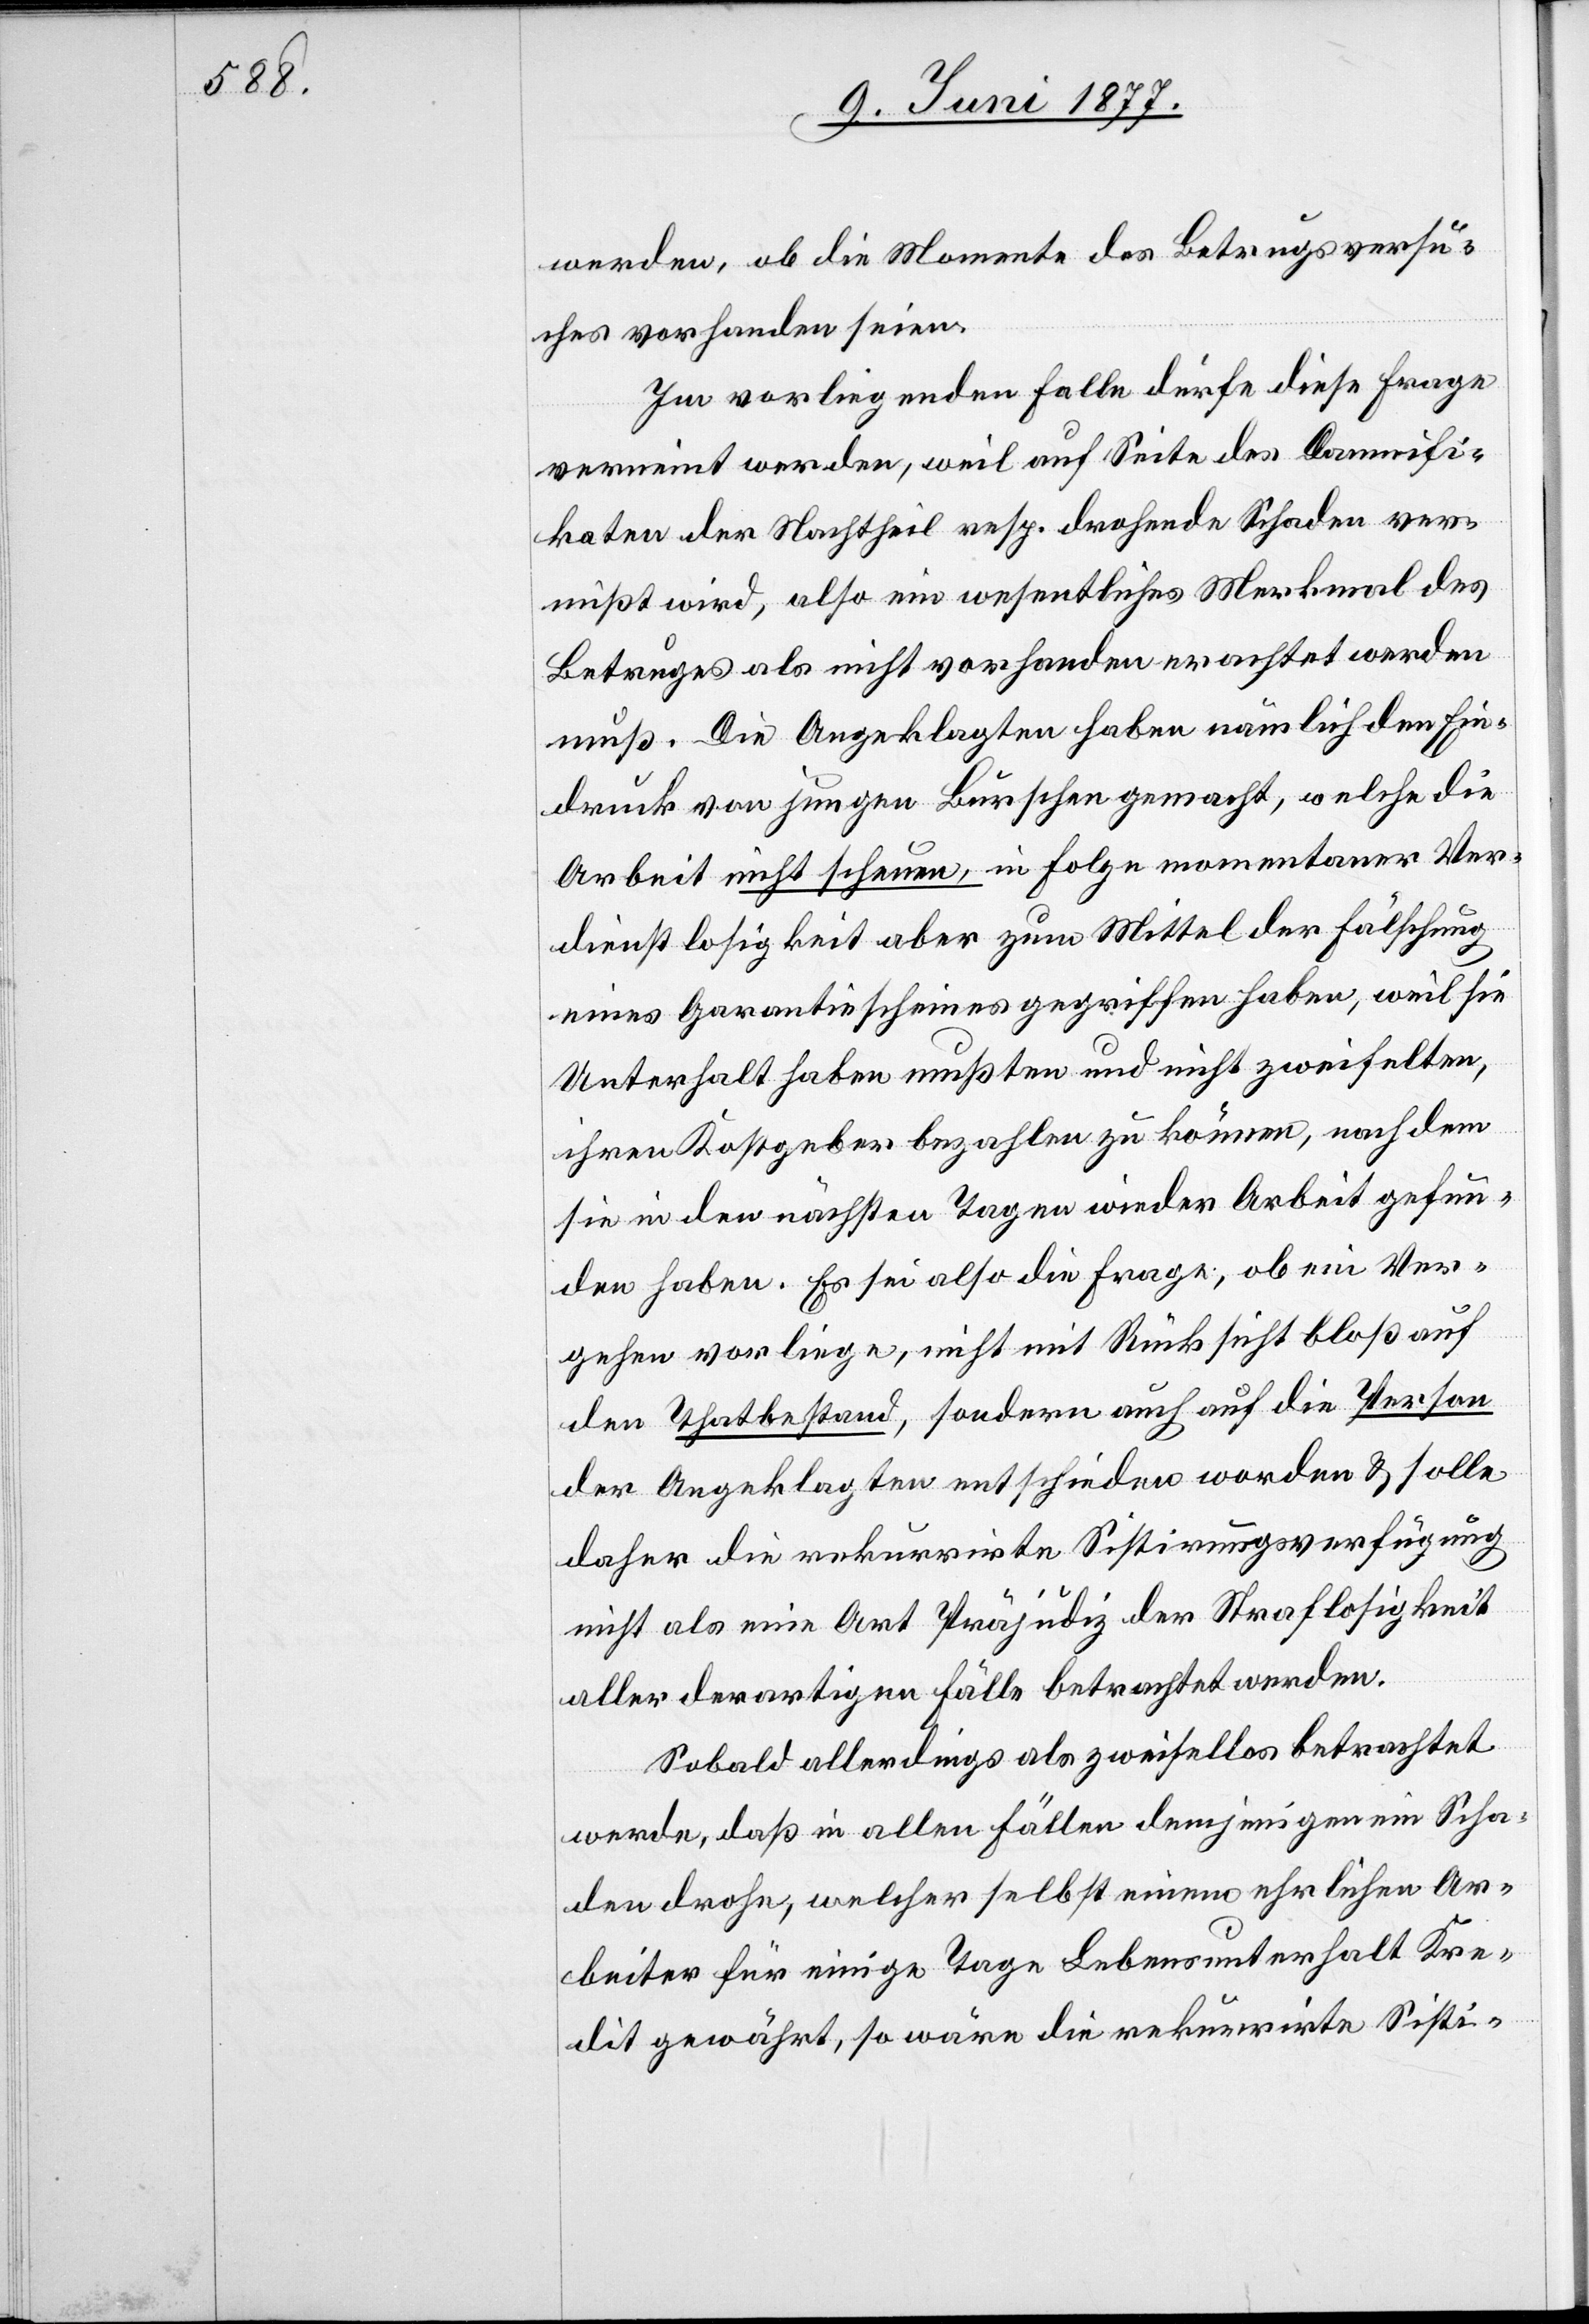
werden, ob die Momente des Betrugsversu¬
ches vorhanden seien.
Im vorliegenden Falle dürfe diese Frage
verneint werden, weil auf Seite des Damnifi¬
katen der Nachtheil resp. drohende Schaden ver¬
mißt wird, also ein wesentliches Merkmal des
Betruges als nicht vorhanden erachtet werden
muß. Die Angeklagten haben nämlich den Ein¬
druck von jungen Burschen gemacht, welche die
Arbeit nicht scheuen, in Folge momentaner Ver¬
dienstlosigkeit aber zum Mittel der Fälschung
eines Garantiescheines gegriffen haben, weil sie
Unterhalt haben mußten und nicht zweifelten,
ihren Kostgeber bezahlen zu können, nachdem
sie in den nächsten Tagen wieder Arbeit gefun¬
den haben. Es sei also die Frage, ob ein Ver¬
gehen vorliege, nicht mit Rücksicht bloß auf
den Thatbestand, sondern auch auf die Person
der Angeklagten entschieden worden & solle
daher die rekurrirte Sistirungsverfügung
nicht als eine Art Präjudiz der Straflosigkeit
aller derartigen Fälle betrachtet werden.
Sobald allerdings als zweifellos betrachtet
werde, daß in allen Fällen demjenigen ein Scha¬
den drohe, welcher selbst einem ehrlichen Ar¬
beiter für einige Tage Lebensunterhalt Kre¬
dit gewähre, so wäre die rekurrirte Sisti-